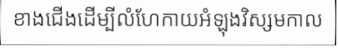
ខាងជើងដើម្បីលំហែកាយអំឡុងវិស្សមកាល